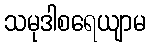
သမုဒါစရေယျာမ